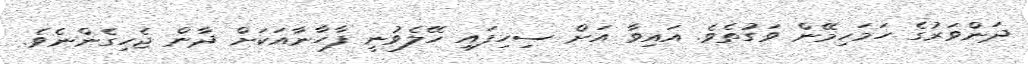
ދަންވަރުގެ ހަމަހިމޭން ވަގުތެވެ. އައިވާ އަށް ސިހިފައި ހޭލެވުނީ ފާހާނާއަކަށް ދާން ޖެހިގެންނެވެ.